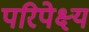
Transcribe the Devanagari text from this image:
परिपेक्ष्‍य